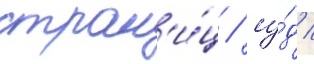
стран'и́ц / су́д /